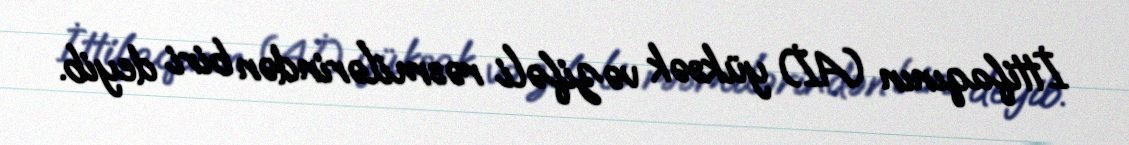
İttifaqının (Aİ) yüksək vəzifəli rəsmilərindən biri deyib.